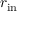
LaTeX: r _ { \mathrm { i n } }